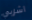
اشربي